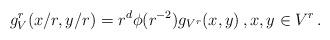
LaTeX: \begin{align*}g^r_V(x/r,y/r)=r^d \phi(r^{-2})g_{V^r}(x,y)\, , x,y\in V^r\, .\end{align*}